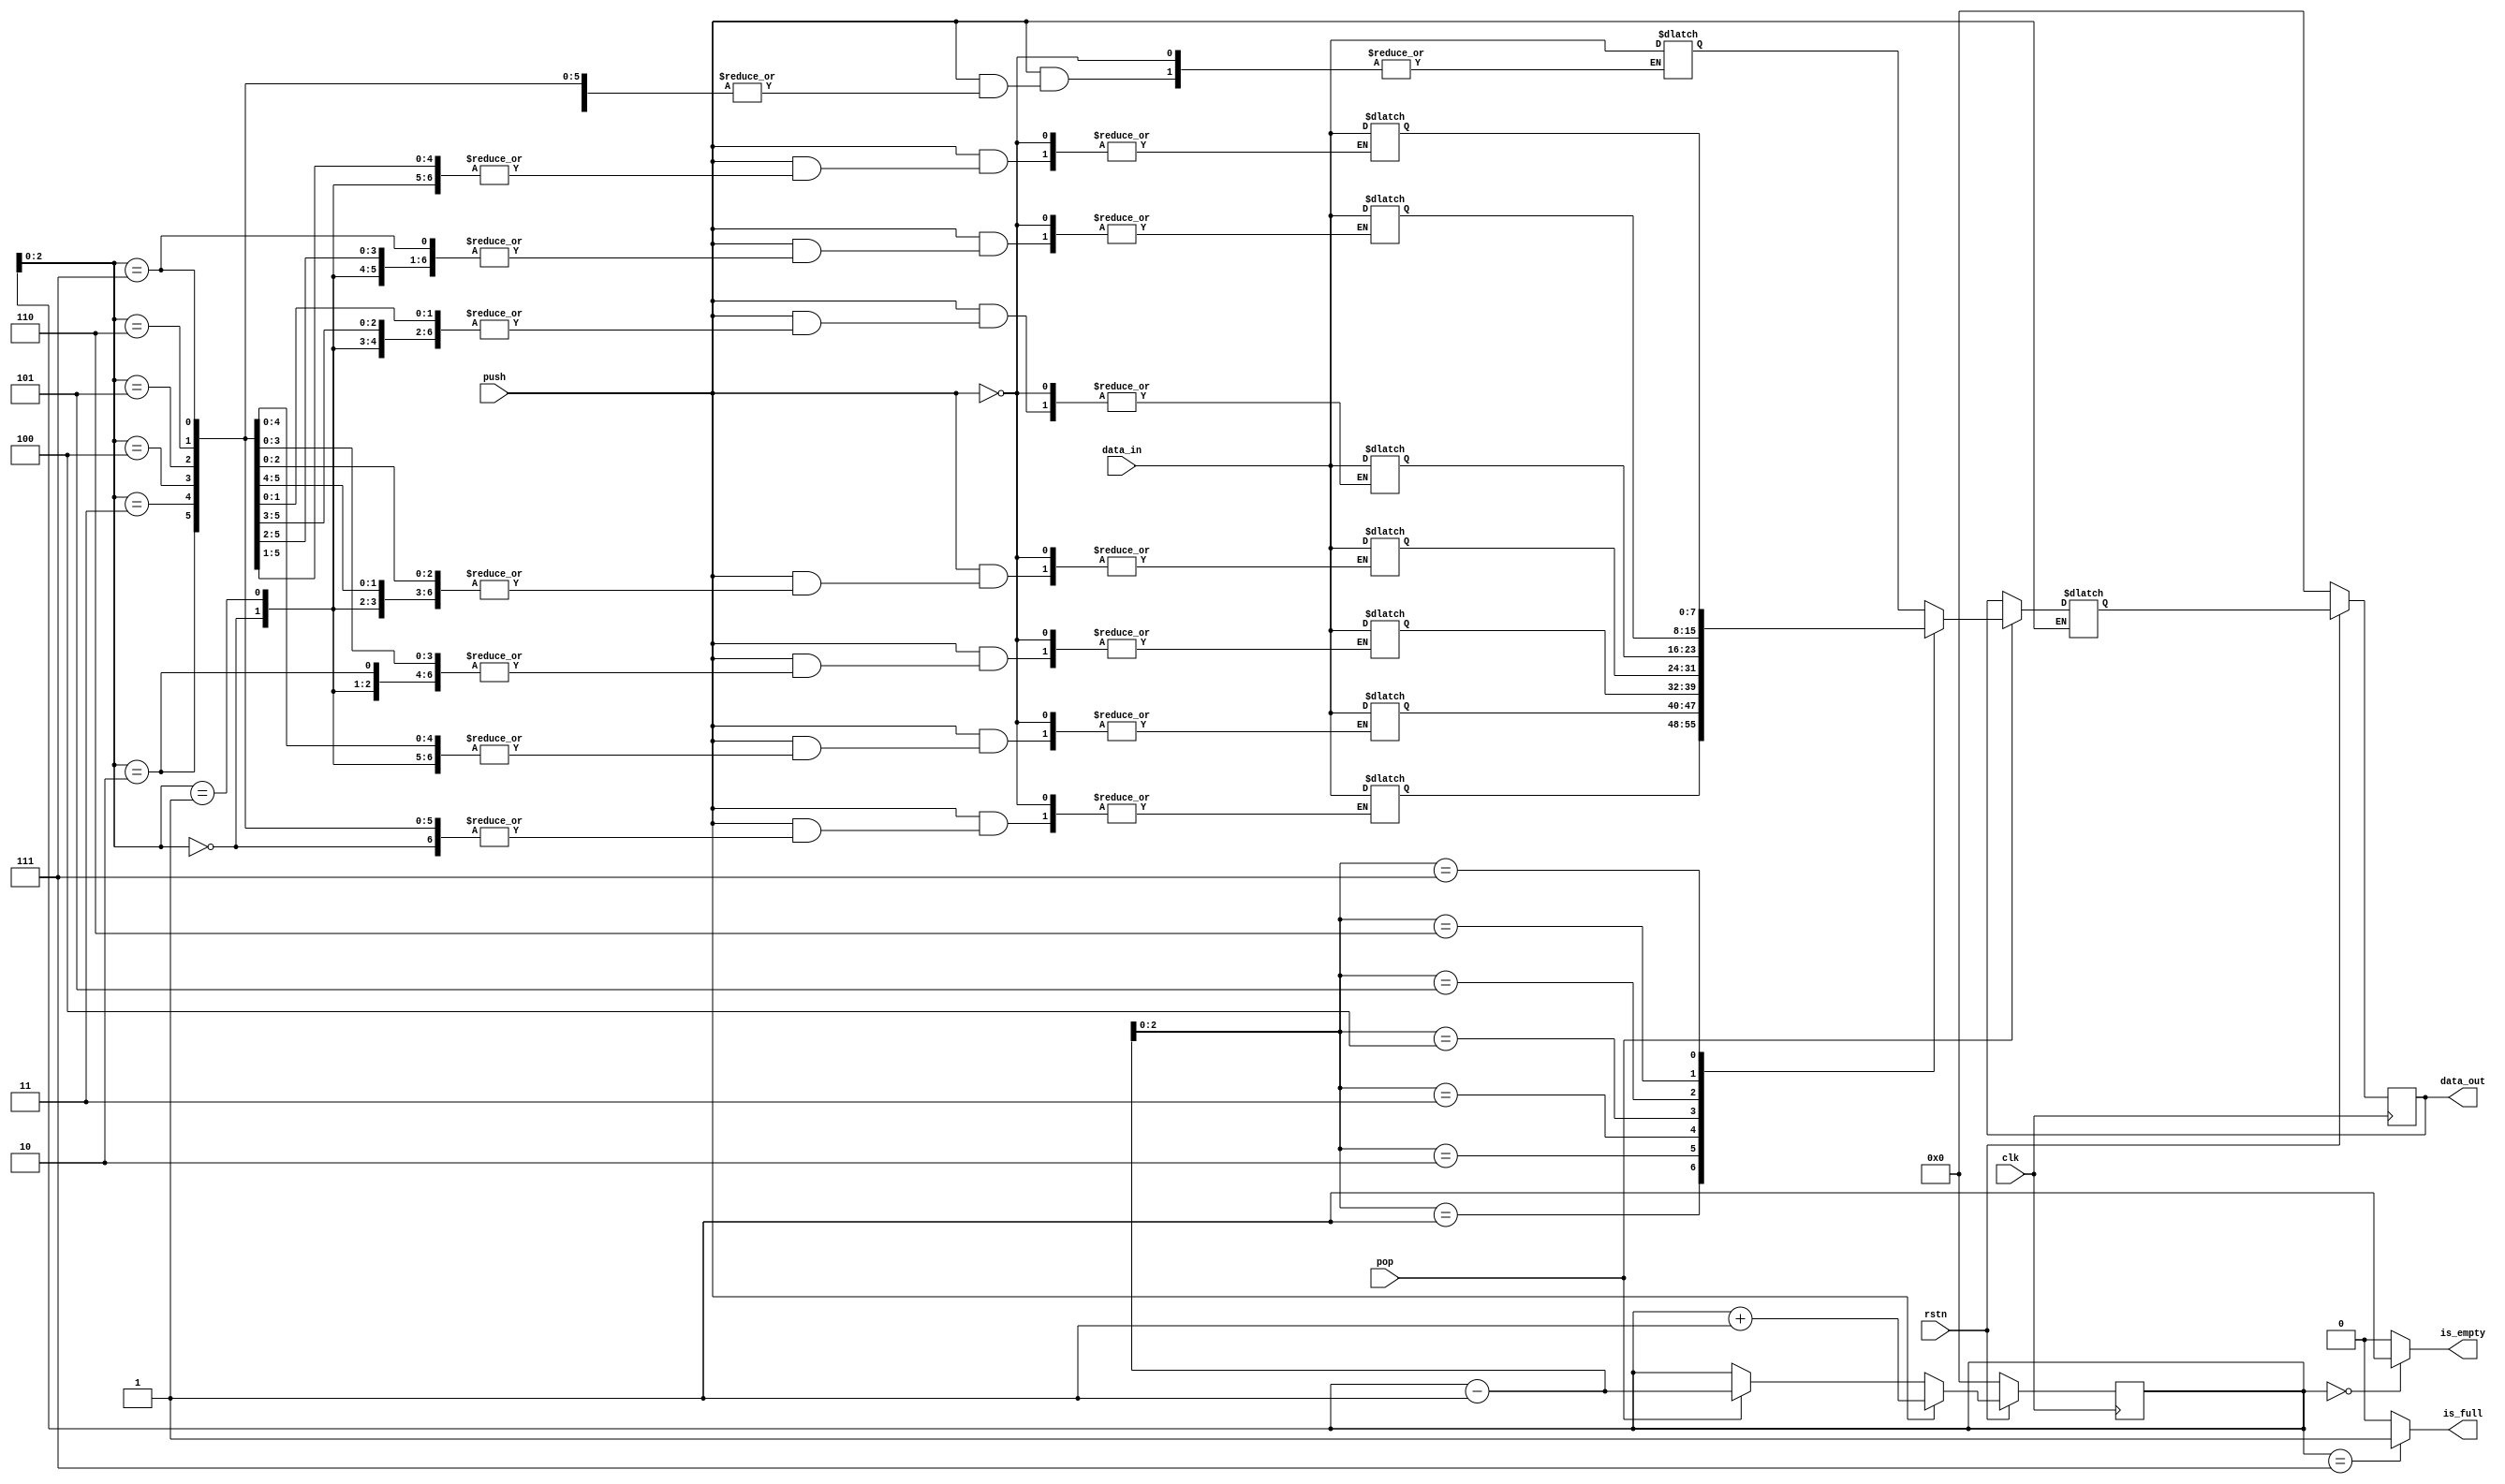
module LIFO(
  input clk,rstn,pop,push,
  input [7:0] data_in,
  output reg [7:0] data_out,
  output is_empty,is_full
);
    
    reg [7:0] stack[7:0]; 
    reg [7:0] index, next_index; 
    reg [7:0]  next_data_out;
    
    assign is_empty = (index == 8'h00) ? 1 : 0;
    assign is_full = (index == 8'h07) ? 1 : 0;
    
    always @(posedge clk) 
    begin
      if (!rstn)
      begin
        data_out <= 8'd0;
        index <= 8'd0;
      end
      else
      begin
        data_out <= next_data_out;
        index <= next_index;
      end
    end

    always @(*) begin
      if (push) begin
        stack[index] = data_in;
        next_index = index + 1;
      end
      else if (pop) begin
        next_data_out = stack[index - 1];
        next_index = index - 1;
      end
      else begin
        next_data_out = data_out;
        next_index = index;
      end
    end
    
endmodule